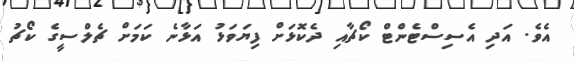
އެވެ. އަދި އެސިސްޓެންޓް ކޯޗާއި ދެކޮޅަށް ފިޔަވަޅު އަޅާނެ ކަމަށް ޗެލްސީގެ ކޯޗު